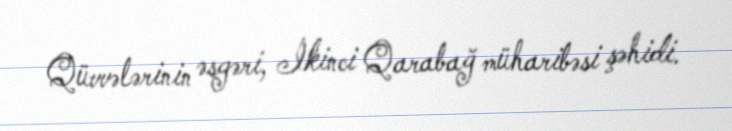
Qüvvələrinin əsgəri, İkinci Qarabağ müharibəsi şəhidi.